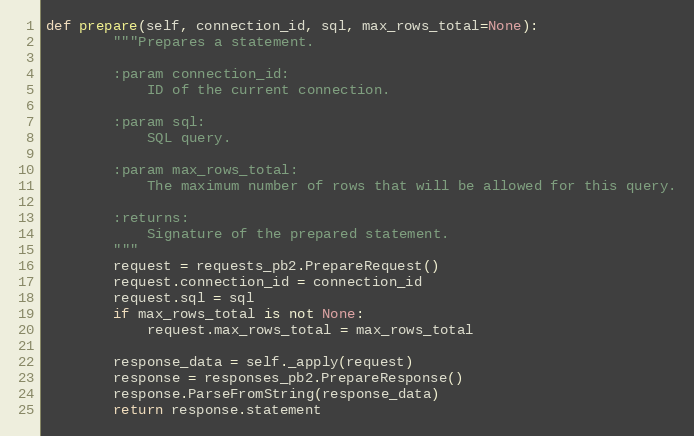
Language: Python
def prepare(self, connection_id, sql, max_rows_total=None):
        """Prepares a statement.

        :param connection_id:
            ID of the current connection.

        :param sql:
            SQL query.

        :param max_rows_total:
            The maximum number of rows that will be allowed for this query.

        :returns:
            Signature of the prepared statement.
        """
        request = requests_pb2.PrepareRequest()
        request.connection_id = connection_id
        request.sql = sql
        if max_rows_total is not None:
            request.max_rows_total = max_rows_total

        response_data = self._apply(request)
        response = responses_pb2.PrepareResponse()
        response.ParseFromString(response_data)
        return response.statement